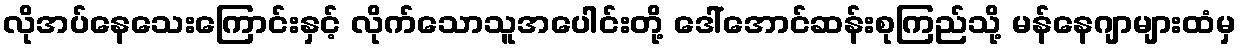
လိုအပ်နေသေးကြောင်းနှင့် လိုက်သောသူအပေါင်းတို့ ဒေါ်အောင်ဆန်းစုကြည်သို့ မန်နေဂျာများထံမှ